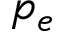
p _ { e }